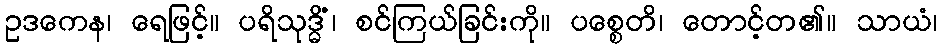
ဥဒကေန၊ ရေဖြင့်။ ပရိသုဒ္ဓိံ၊ စင်ကြယ်ခြင်းကို။ ပစ္စေတိ၊ တောင့်တ၏။ သာယံ၊